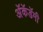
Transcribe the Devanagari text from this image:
अॅकॅडॅमी